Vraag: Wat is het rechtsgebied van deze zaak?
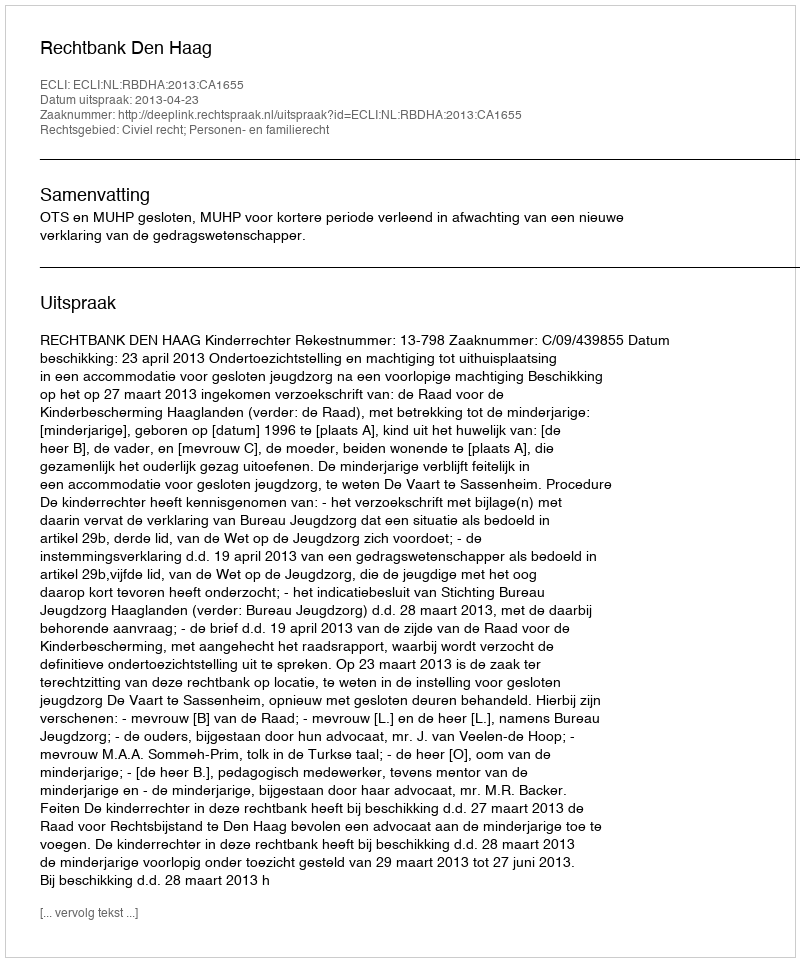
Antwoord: Civiel recht; Personen- en familierecht